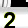
Digit: 2